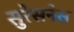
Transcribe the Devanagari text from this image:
सुरेसनेस